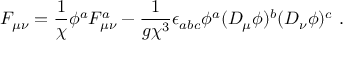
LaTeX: { \cal F } _ { \mu \nu } = \frac { 1 } { \chi } \phi ^ { a } F _ { \mu \nu } ^ { a } - \frac { 1 } { g \chi ^ { 3 } } \epsilon _ { a b c } \phi ^ { a } ( D _ { \mu } \phi ) ^ { b } ( D _ { \nu } \phi ) ^ { c } \ .